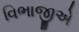
વિભાજીએ